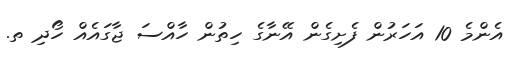
އެންމެ 10 އަހަރުން ފެށިގެން އޭނާގެ ހިތުން ހާއްްސަ ޖާގައެއް ހޯދި ތ.